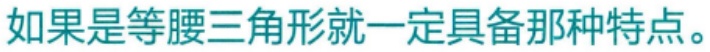
如果是等腰三角形就一定具备那种特点。